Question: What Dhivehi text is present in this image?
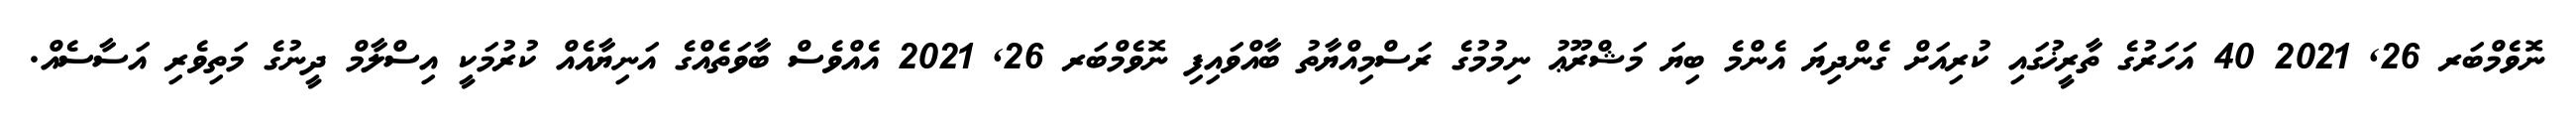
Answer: ނޮވެމްބަރ 26, 2021 40 އަހަރުގެ ތާރީޚުގައި ކުރިއަށް ގެންދިޔަ އެންމެ ބިޔަ މަޝްރޫޢު ނިމުމުގެ ރަސްމިއްޔާތު ބާއްވައިފި ނޮވެމްބަރ 26, 2021 އެއްވެސް ބާވަތެއްގެ އަނިޔާއެއް ކުރުމަކީ އިސްލާމް ދީނުގެ މަތިވެރި އަސާސެއް.